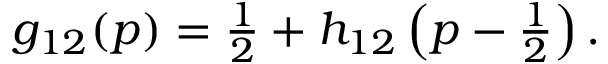
\begin{array} { r } { g _ { 1 2 } ( p ) = \frac { 1 } { 2 } + h _ { 1 2 } \left( p - \frac { 1 } { 2 } \right) . } \end{array}